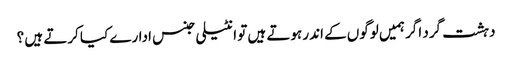
دہشت گرد اگر ہمیں لوگوں کے اندر ہوتے ہیں تو انٹیلی جنس ادارے کیا کرتے ہیں ؟